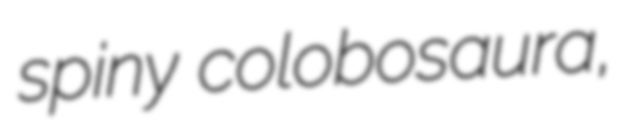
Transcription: spiny colobosaura,